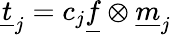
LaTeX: \underline{{t}}_{j}=c_{j}\underline{{f}}\otimes\underline{{m}}_{j}